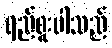
ရည်စူးပါသည်